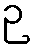
ဉ